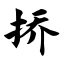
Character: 挢